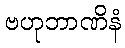
ဗဟုဘာဏိနံ